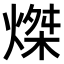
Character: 𤌴